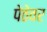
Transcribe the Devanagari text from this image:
पेठेवर